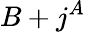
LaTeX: B+j^{A}